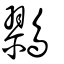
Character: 鷚